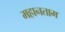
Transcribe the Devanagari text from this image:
महानताम